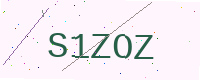
Text: S1ZOZ